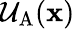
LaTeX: \mathcal{U}_{\mathrm{A}}(\mathbf{x})